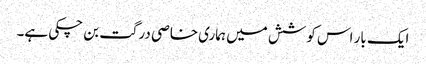
ایک بار اس کوشش میں ہماری خاصی درگت بن چکی ہے۔